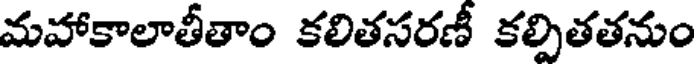
మహాకాలాతీతాం కలితసరణీ కల్పితతనుం